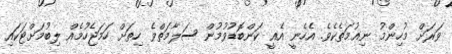
ވަރަށް މުހިންމު ނިޢުމަތެކެވެ. އެހެނީ އެއީ ކަންބޮޑުވުމުން ސަލާމަތްވެ ހިތަށް ހަމަޖެހުމެއް ލިބުމަށްޓަކައި